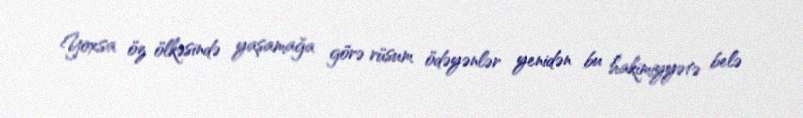
Yoxsa öz ölkəsində yaşamağa görə rüsum ödəyənlər yenidən bu hakimiyyətə belə